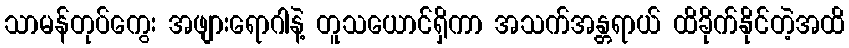
သာမန်တုပ်ကွေး အဖျားရောဂါနဲ့ တူသယောင်ရှိကာ အသက်အန္တရာယ် ထိခိုက်နိုင်တဲ့အထိ